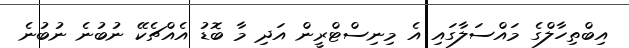
އިބްތިހާލްގެ މައްސަލާގައި އެ މިނިސްޓްރީން އަދި މާ ބޮޑު އެއްޗެކޭ ނުބުނެ ނުބުނެ